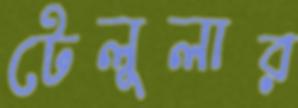
টেলুলার